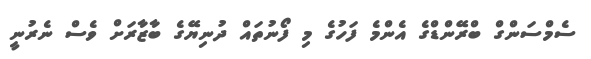
ސެމްސަންގް ބްރޭންޑްގެ އެންމެ ފަހުގެ މި ފޯނުތައް ދުނިޔޭގެ ބާޒާރަށް ވެސް ނެރުނީ